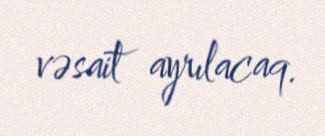
vəsait ayrılacaq.